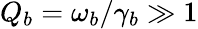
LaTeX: Q_{b}=\omega_{b}/\gamma_{b}\gg 1